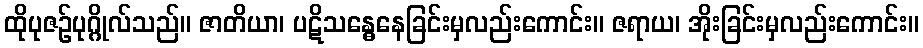
ထိုပုဇဉ်ပုဂ္ဂိုလ်သည်။ ဇာတိယာ၊ ပဋိသန္ဓေနေခြင်းမှလည်းကောင်း။ ဇရာယ၊ အိုးခြင်းမှလည်းကောင်း။